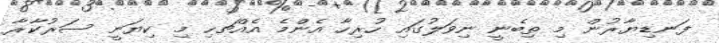
ފަނޑިޔާރުން މި ތިބެނީ ނިވަލުގައި ހުރިހާ އެންމެ އެއްޗހި މި ކިޔަނީ ސަރުކާރާ